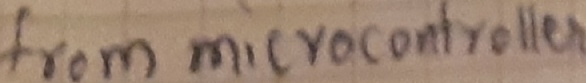
Text: from microcontroller